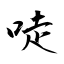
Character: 唗